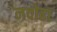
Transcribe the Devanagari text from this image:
नवोढा